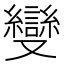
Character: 𠮓